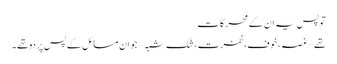
تو پس یہ ان کے محرکات
تھے – غصہ، خوف، نفرت، شک شبہ – جو ان مسائل کے پس پردہ تھے۔